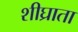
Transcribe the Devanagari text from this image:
शीघ्राता